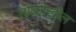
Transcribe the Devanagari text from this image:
तोंडदेखील